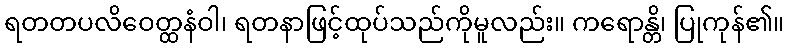
ရတတပလိဝေတ္ထနံဝါ၊ ရတနာဖြင့်ထုပ်သည်ကိုမူလည်း။ ကရောန္တိ၊ ပြုကုန်၏။